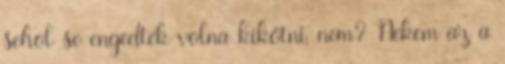
sehol se engedték volna kikötni, nem? Nekem az a